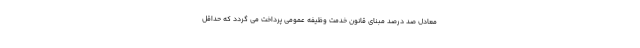
معادل صد درصد مبنای قانون خدمت وظیفه عمومی پرداخت می گردد که حداقل